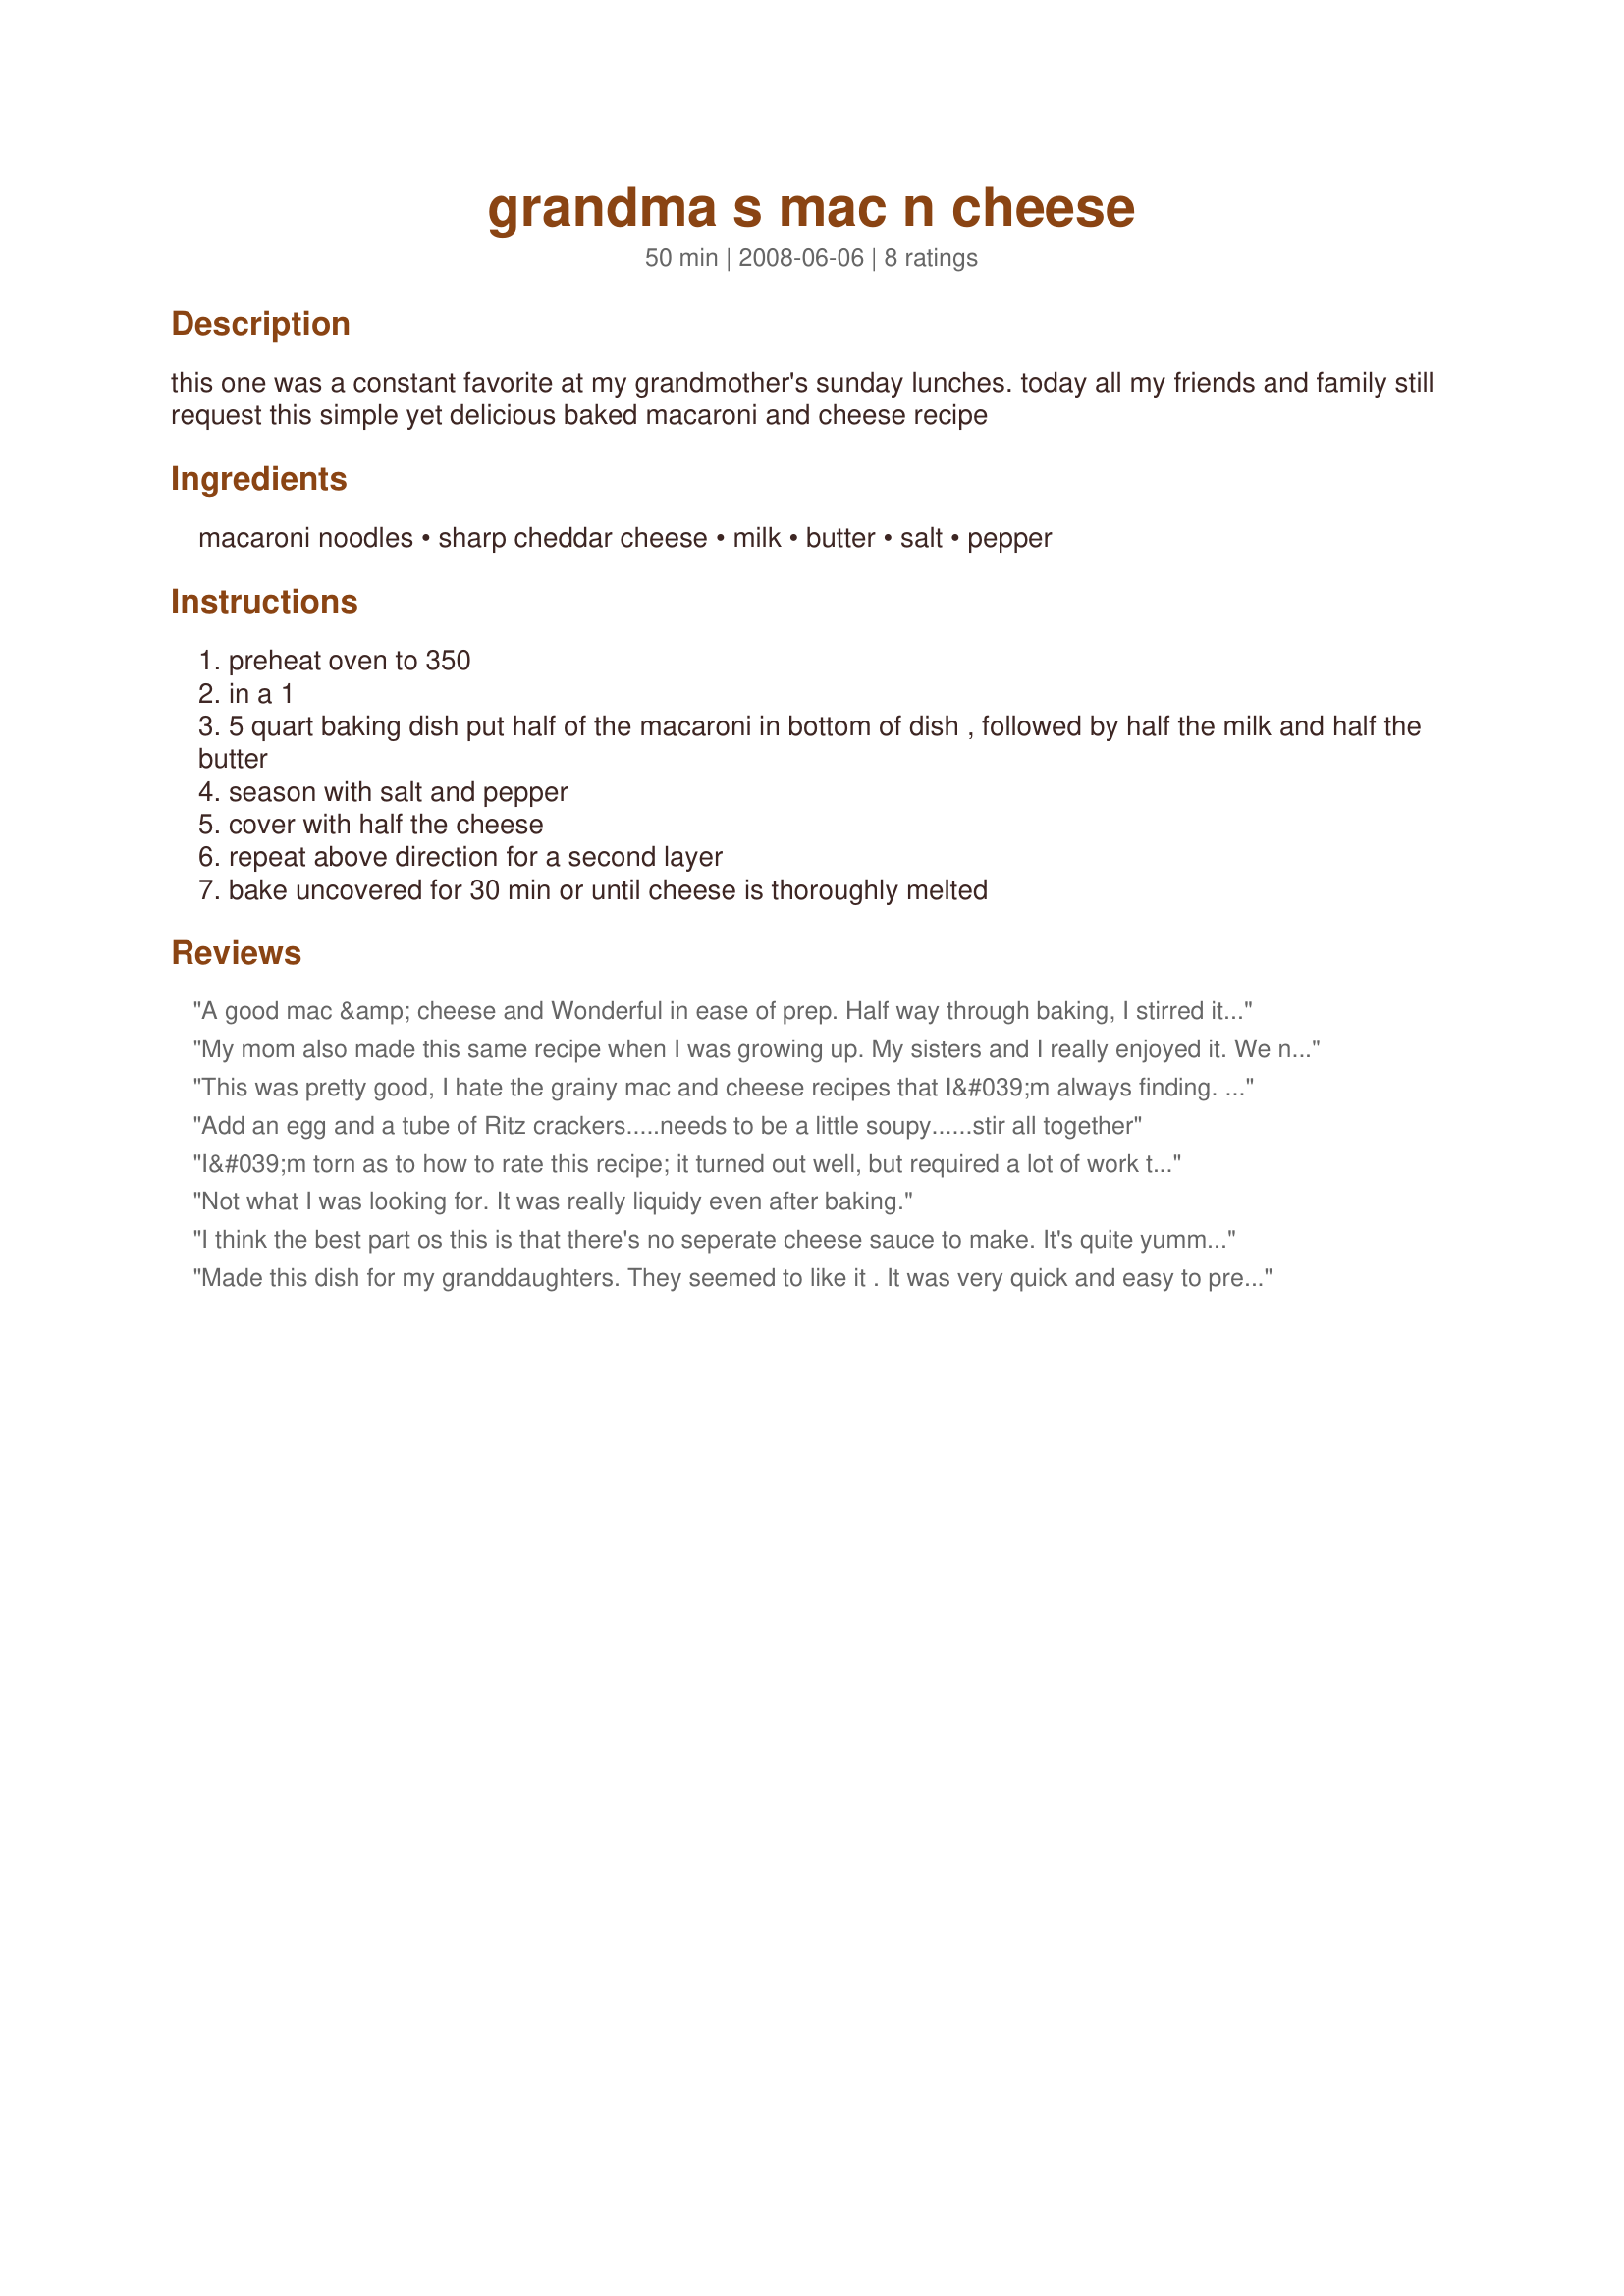
grandma s mac n cheese
Preparation time: 50 minutes

this one was a constant favorite at my grandmother's sunday lunches. today all my friends and family still request this simple yet delicious baked macaroni and cheese recipe

Ingredients:
macaroni noodles, sharp cheddar cheese, milk, butter, salt, pepper

Steps:
preheat oven to 350
in a 1
5 quart baking dish put half of the macaroni in bottom of dish , followed by half the milk and half the butter
season with salt and pepper
cover with half the cheese
repeat above direction for a second layer
bake uncovered for 30 min or until cheese is thoroughly melted

Reviews:
A good mac &amp; cheese and Wonderful in ease of prep. Half way through baking, I stirred it and the texture was fine, without excess liquid. Thank You SaffronMeSilly.
My mom also made this same recipe when I was growing up. My sisters and I really enjoyed it. We never had the problem of to much milk as the recipe my mom had was the exact same ingredients but you scalded the milk before pouring it over the layers. I think if people who try this recipe scald the milk they will find you won&#039;t have all of that liquid in the bottom of the dish.
This was pretty good, I hate the grainy mac and cheese recipes that I&#039;m always finding. I added about 1/2 cup more cheddar then 2 slices of process of American cheese. It was very good. Thanks so much for submitting this, SaffronMeSilly.
Add an egg and a tube of Ritz crackers.....needs to be a little soupy......stir all together
I&#039;m torn as to how to rate this recipe; it turned out well, but required a lot of work to save it. Following instructions exactly as they were written, I was headed toward the same problem as the reviewer who said it had too much liquid. A cup of milk was way too much with only 8 oz. of pasta and 2 cups of cheese, and because the milk sits in the bottom of the dish while everything it needs to mix with sits well above it, it just wasn&#039;t going to work out. I checked on it after 10 minutes in the oven and sure enough, the cheese was melting on top of the noodles while the milk was sitting in the bottom of the dish, untouched. I stirred it all together and added more than an additional 2 cups of cheese to make it work; I also had to give it an extra 15 minutes in the oven. The end result was reeeally good and it&#039;ll become a staple around here, but going forward, I&#039;ll just use 1/3 cup of milk.
Not what I was looking for. It was really liquidy even after baking.
I think the best part os this is that there's no seperate cheese sauce to make. It's quite yummy for being so low-effort! It may look a bit liquidy, but after baking, it all comes together nicely. Using sharp cheddar as written is key for the nice, cheesey flavor. Thanx for sharing Grandma's recipe. It's a keeper!
Made this dish for my granddaughters. They seemed to like it . It was very quick and easy to prepare. 

Thanks SaffronMeSilly.

Bullwinkle
